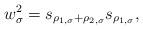
LaTeX: \begin{align*}w_{\sigma}^2 = s_{\rho_{1, \sigma}+\rho_{2, \sigma}} s_{\rho_{1, \sigma}},\end{align*}